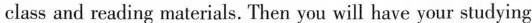
class and reading materials. Then you will have your studying